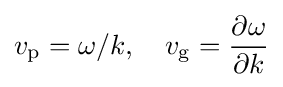
v_{\rm {p}}=\omega /k,\quad v_{\rm {g}}={\frac {\partial \omega }{\partial k}}